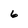
Character: 6